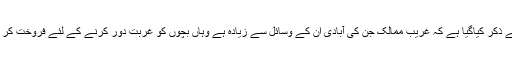
جیسا کہ پہلے ذکر کیاگیا ہے کہ غریب ممالک جن کی آبادی ان کے وسائل سے زیادہ ہے وہاں بچوں کو غربت دور کرنے کے لئے فروخت کر دیا جاتا ہے۔